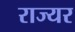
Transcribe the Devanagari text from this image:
राज्यर